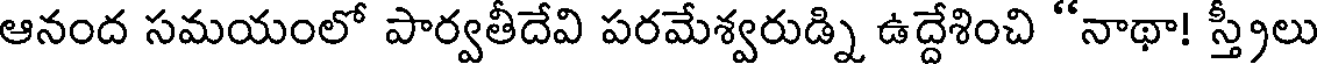
ఆనంద సమయంలో పార్వతీదేవి పరమేశ్వరుడ్ని ఉద్దేశించి "నాథా! స్త్రీలు